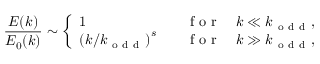
\frac { E ( k ) } { E _ { 0 } ( k ) } \sim \left\{ \begin{array} { l l } { 1 \quad } & { \mathrm { ~ f ~ o ~ r ~ } \quad k \ll k _ { \mathrm { ~ o ~ d ~ d ~ } } , } \\ { \left( k / k _ { \mathrm { ~ o ~ d ~ d ~ } } \right) ^ { s } \quad } & { \mathrm { ~ f ~ o ~ r ~ } \quad k \gg k _ { \mathrm { ~ o ~ d ~ d ~ } } , } \end{array} \right.